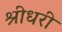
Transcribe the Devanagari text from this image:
श्रीधरी